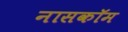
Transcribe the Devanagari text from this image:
नासकॉम